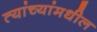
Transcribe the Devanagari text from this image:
त्यांच्यांमधील